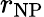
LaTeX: r_{\mathrm{NP}}